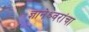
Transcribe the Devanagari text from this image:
ज्ञानेश्र्वरांचा